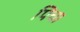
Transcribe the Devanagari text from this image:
पिच।